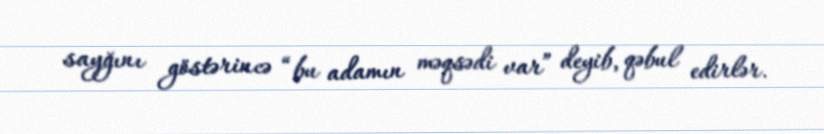
sayğını göstərincə “bu adamın məqsədi var” deyib, qəbul edirlər.